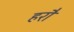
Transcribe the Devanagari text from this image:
हरौ